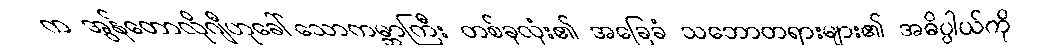
က အွန်တောလိုဂျီဟုခေါ်သောကမ္ဘာကြီး တစ်ခုလုံး၏ အခြေခံ သဘောတရားများ၏ အဓိပ္ပါယ်ကို